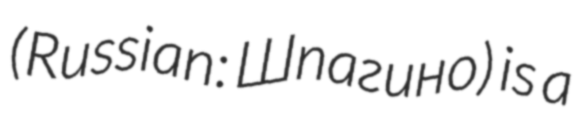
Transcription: (Russian: Шпагино) is a